Reports on dispensaries and lunatic asylums in the Province of Oudh - 1869-1876
Year: 1869
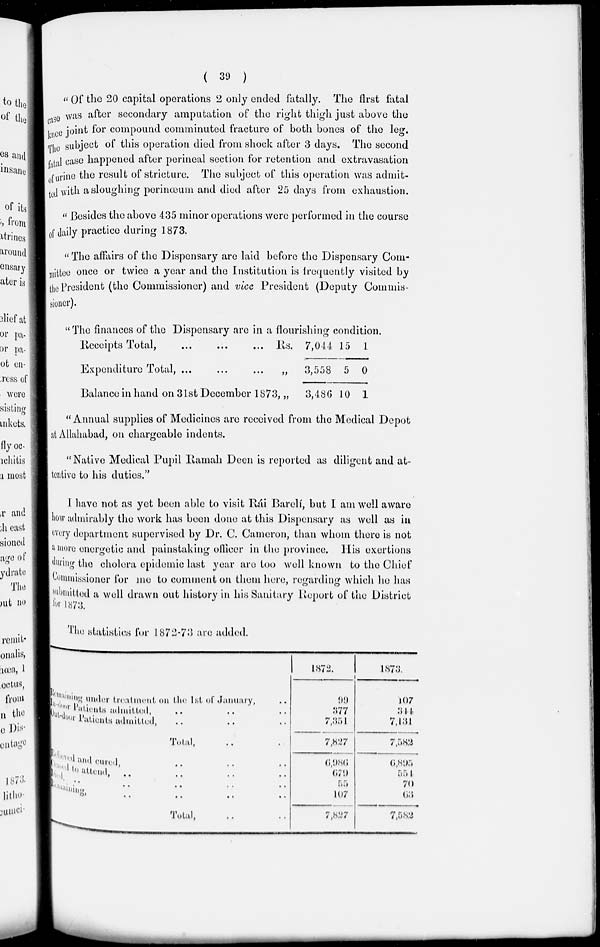
( 39 )
" Of the 20 capital operations 2 only ended fatally. The first fatal
case was after secondary amputation of the right thigh just above the
knee joint for compound comminuted fracture of both bones of the leg.
The subject of this operation died from shock after 3 days. The second
fatal case happened after perineal section for retention and extravasation
of urine the result of stricture. The subject of this operation was admit-
ted with a sloughing perinœum and died after 25 days from exhaustion.
" Besides the above 435 minor operations were performed in the course
of daily practice during 1873.
" The affairs of the Dispensary are laid before the Dispensary Com-
mittee once or twice a year and the Institution is frequently visited by
the President (the Commissioner) and vice President (Deputy Commis-
sioner).
"The finances of the Dispensary arc in a flourishing condition.
Receipts Total, ... ... ...
Expenditure Total, ... ... ...
Balance in hand on 31st December 1873
Rs.
„
„
7,044
3,558
3,486
15
5
10
1
0
1
"Annual supplies of Medicines are received from the Medical Depot
at Allahabad, on chargeable indents.
"Native Medical Pupil Ramah Deen is reported as diligent and at-
tentive to his duties."
I have not as yet been able to visit Rái Barelí, but I am well aware
how admirably the work has been done at this Dispensary as well as in
every department supervised by Dr. C. Cameron, than whom there is not
a more energetic and painstaking officer in the province. His exertions
during the cholera epidemic last year are too well known to the Chief
Commissioner for me to comment on them here, regarding which he has
submitted a well drawn out history in his Sanitary Report of the District
for 1873.
The statistics for 1872-73 are added.
Remaining under treatment on the 1st of January, ..
In-door Patients admitted,
..
..
..
Out-door Patients admitted, .. .. ..
Total, .. ..
Relieved and cured, .. .. .. ..
Escape to attend, .. .. .. ..
Died .. .. .. .. ..
Remaining . . .. .. .. ..
Total, .. ..
1872.
99
377
7,351
7,827
6,986
679
55
107
7,827
1873.
107
344
7,131
7,582
6,895
554
70
63
7,582